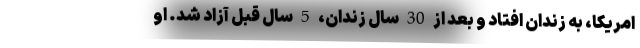
امریکا، به زندان افتاد و بعد از 30 سال زندان، 5 سال قبل آزاد شد. او